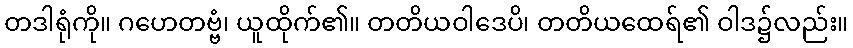
တဒါရုံကို။ ဂဟေတဗ္ဗံ၊ ယူထိုက်၏။ တတိယဝါဒေပိ၊ တတိယထေရ်၏ ဝါဒ၌လည်း။